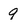
Character: 9